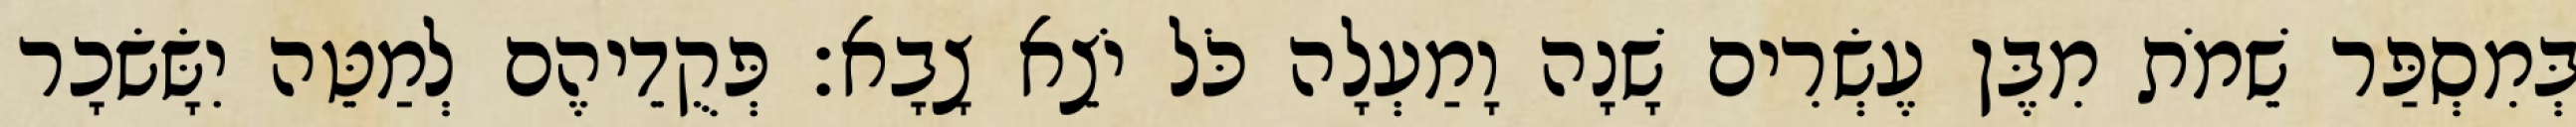
בְּמִסְפַּר שֵׁמֹת מִבֶּן עֶשְׂרִים שָׁנָה וָמַעְלָה כֹּל יֹצֵא צָבָא׃ פְּקֻדֵיהֶם לְמַטֵּה יִשָּׂשׂכָר